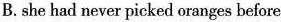
B.she had never picked oranges before